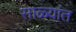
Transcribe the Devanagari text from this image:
साळ्यांत